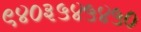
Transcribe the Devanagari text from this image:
९४०३५४५४५०